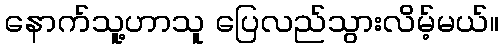
နောက်သူ့ဟာသူ ပြေလည်သွားလိမ့်မယ်။